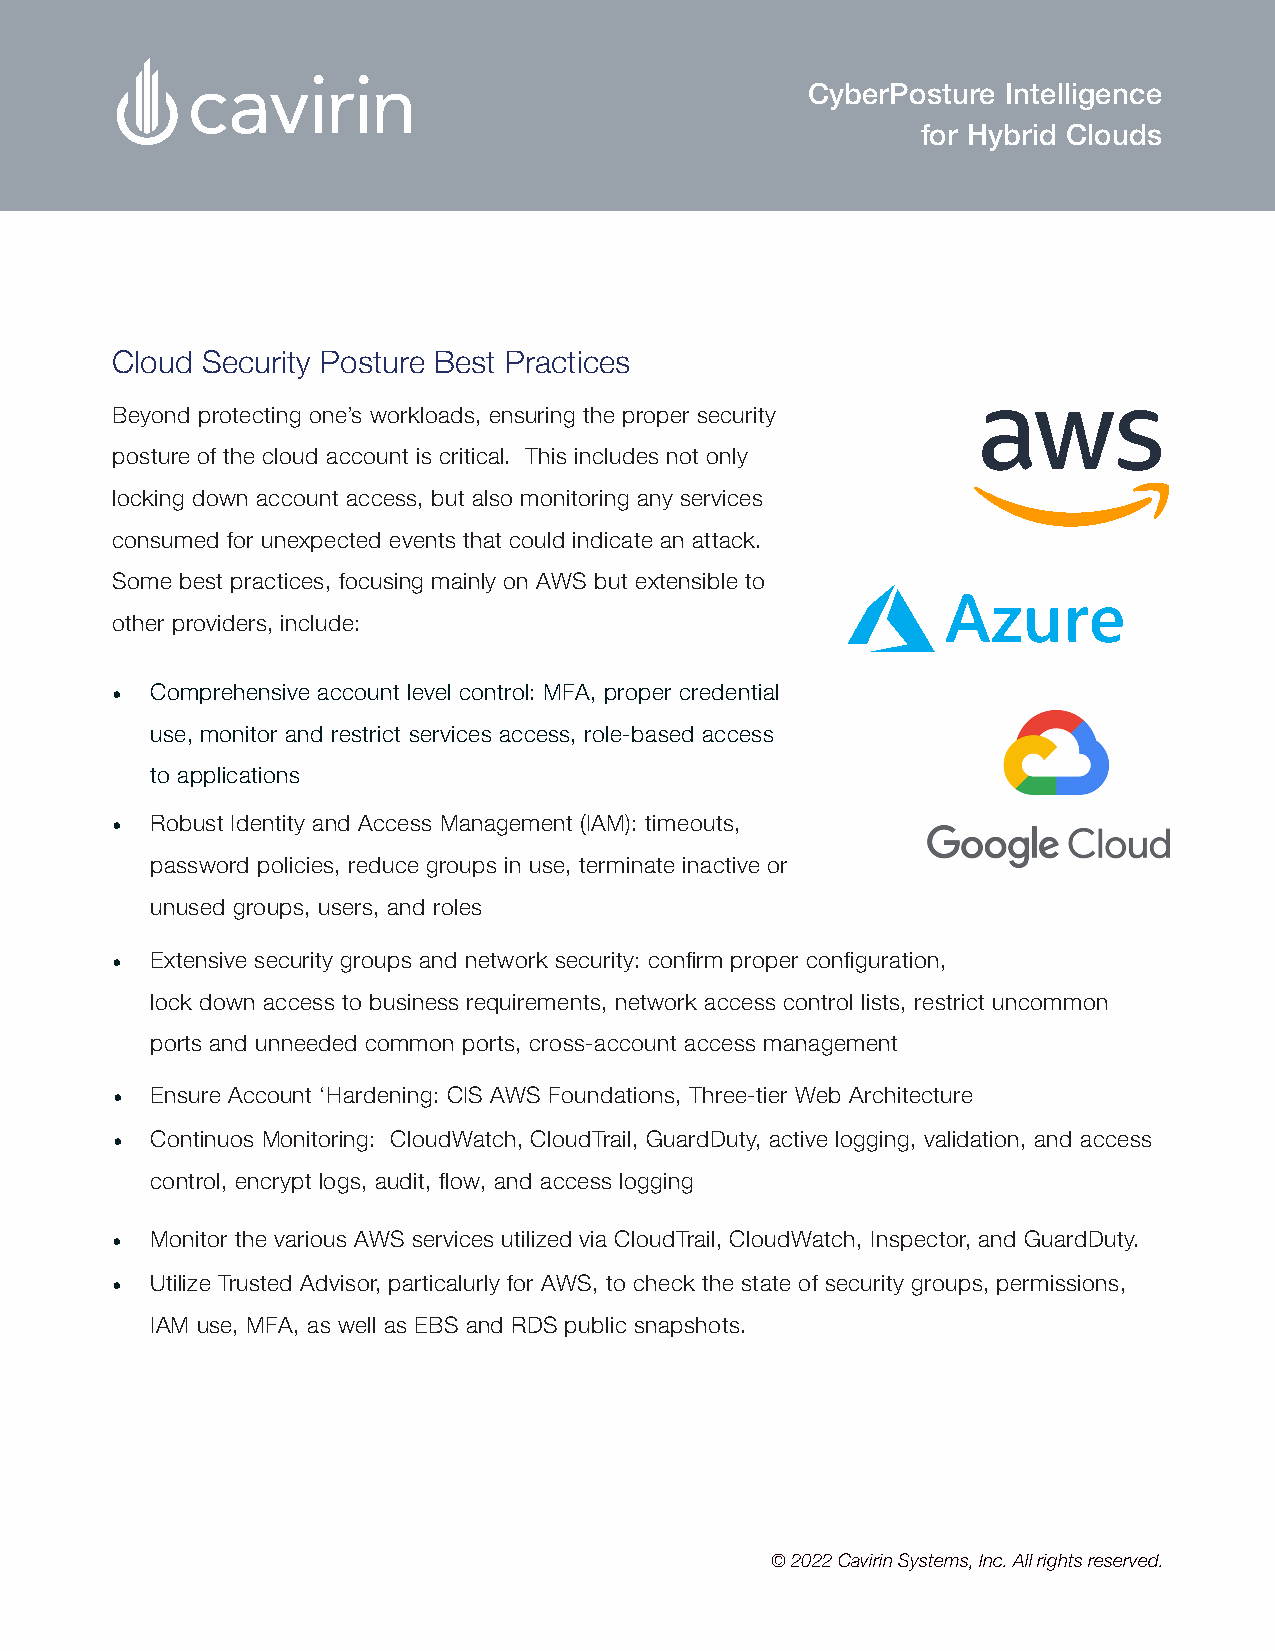
CyberPosture  Intelligence
 for Hybrid Clouds
 Cloud Security Posture Best Practices
 Beyond protecting one’s workloads, ensuring the proper security
 posture of the cloud account is critical. This includes not only
 locking down account access, but also monitoring any services
 consumed for unexpected events that could indicate an attack.
 Some best practices, focusing mainly on AWS but extensible to
 other providers, include:
 •  Comprehensive account level control: MFA, proper credential
 use, monitor and restrict services access, role-based access
 to applications
 •  Robust Identity and Access Management (IAM): timeouts,
 password policies, reduce groups in use, terminate inactive or
 unused groups, users, and roles
 •  Extensive security groups and network security: confirm proper configuration,
 lock down access to business requirements, network access control lists, restrict uncommon
 ports and unneeded common ports, cross-account access management
 •  Ensure Account ‘Hardening: CIS AWS Foundations, Three-tier Web Architecture
 •  Continuos Monitoring: CloudWatch, CloudTrail, GuardDuty, active logging, validation, and access
 control, encrypt logs, audit, flow, and access logging
 •  Monitor the various AWS services utilized via CloudTrail, CloudWatch, Inspector, and GuardDuty.
 •  Utilize Trusted Advisor, particalurly for AWS, to check the state of security groups, permissions,
 IAM use, MFA, as well as EBS and RDS public snapshots.
 © 2022 Cavirin Systems, Inc. All rights reserved.